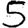
Digit: 5